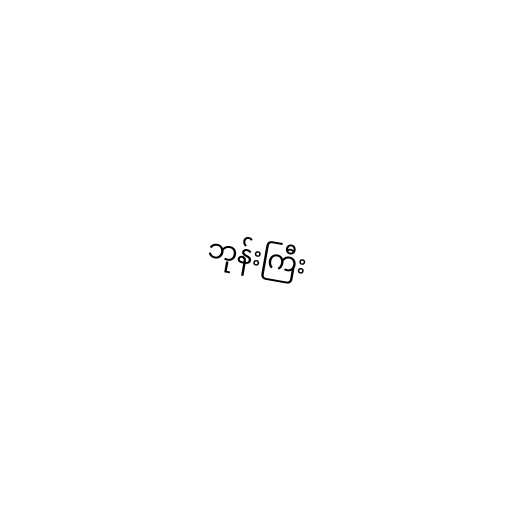
ဘုန်းကြီး